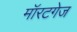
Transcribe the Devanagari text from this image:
मॉरटगेज